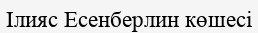
Ілияс Есенберлин көшесі